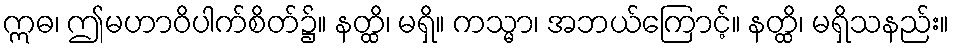
ဣဓ၊ ဤမဟာဝိပါက်စိတ်၌။ နတ္ထိ၊ မရှိ။ ကသ္မာ၊ အဘယ်ကြောင့်။ နတ္ထိ၊ မရှိသနည်း။